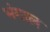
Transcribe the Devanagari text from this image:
भंगाल